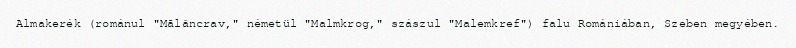
Almakerék (románul "Mălâncrav," németül "Malmkrog," szászul "Malemkref") falu Romániában, Szeben megyében.